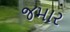
જમાર